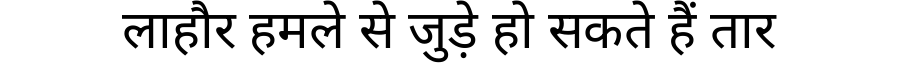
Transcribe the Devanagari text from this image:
लाहौर हमले से जुड़े हो सकते हैं तार